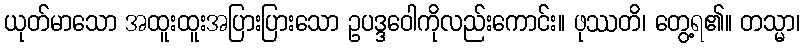
ယုတ်မာသော အထူးထူးအပြားပြားသော ဥပဒ္ဒဝေါကိုလည်းကောင်း။ ဖုဿတိ၊ တွေ့ရ၏။ တသ္မာ၊